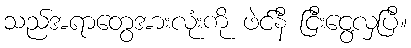
သည်အရာတွေအားလုံးကို ဖဲင်နီ ငြီးငွေ့လှပြီ။